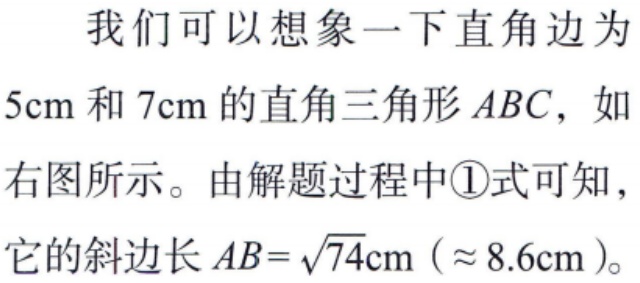
我们可以想象一下直角边为\(5\text{cm}\)和\(7\text{cm}\)的直角三角形\(ABC\)，如右图所示。由解题过程中\textcircled{1}式可知，它的斜边长\(AB = \sqrt{74}\text{cm}(\approx 8.6\text{cm})\)。